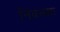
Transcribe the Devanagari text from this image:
निबन्धाः